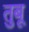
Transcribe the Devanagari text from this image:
तुबू